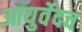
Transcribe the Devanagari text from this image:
आयुर्वेदच